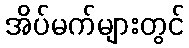
အိပ်မက်များတွင်